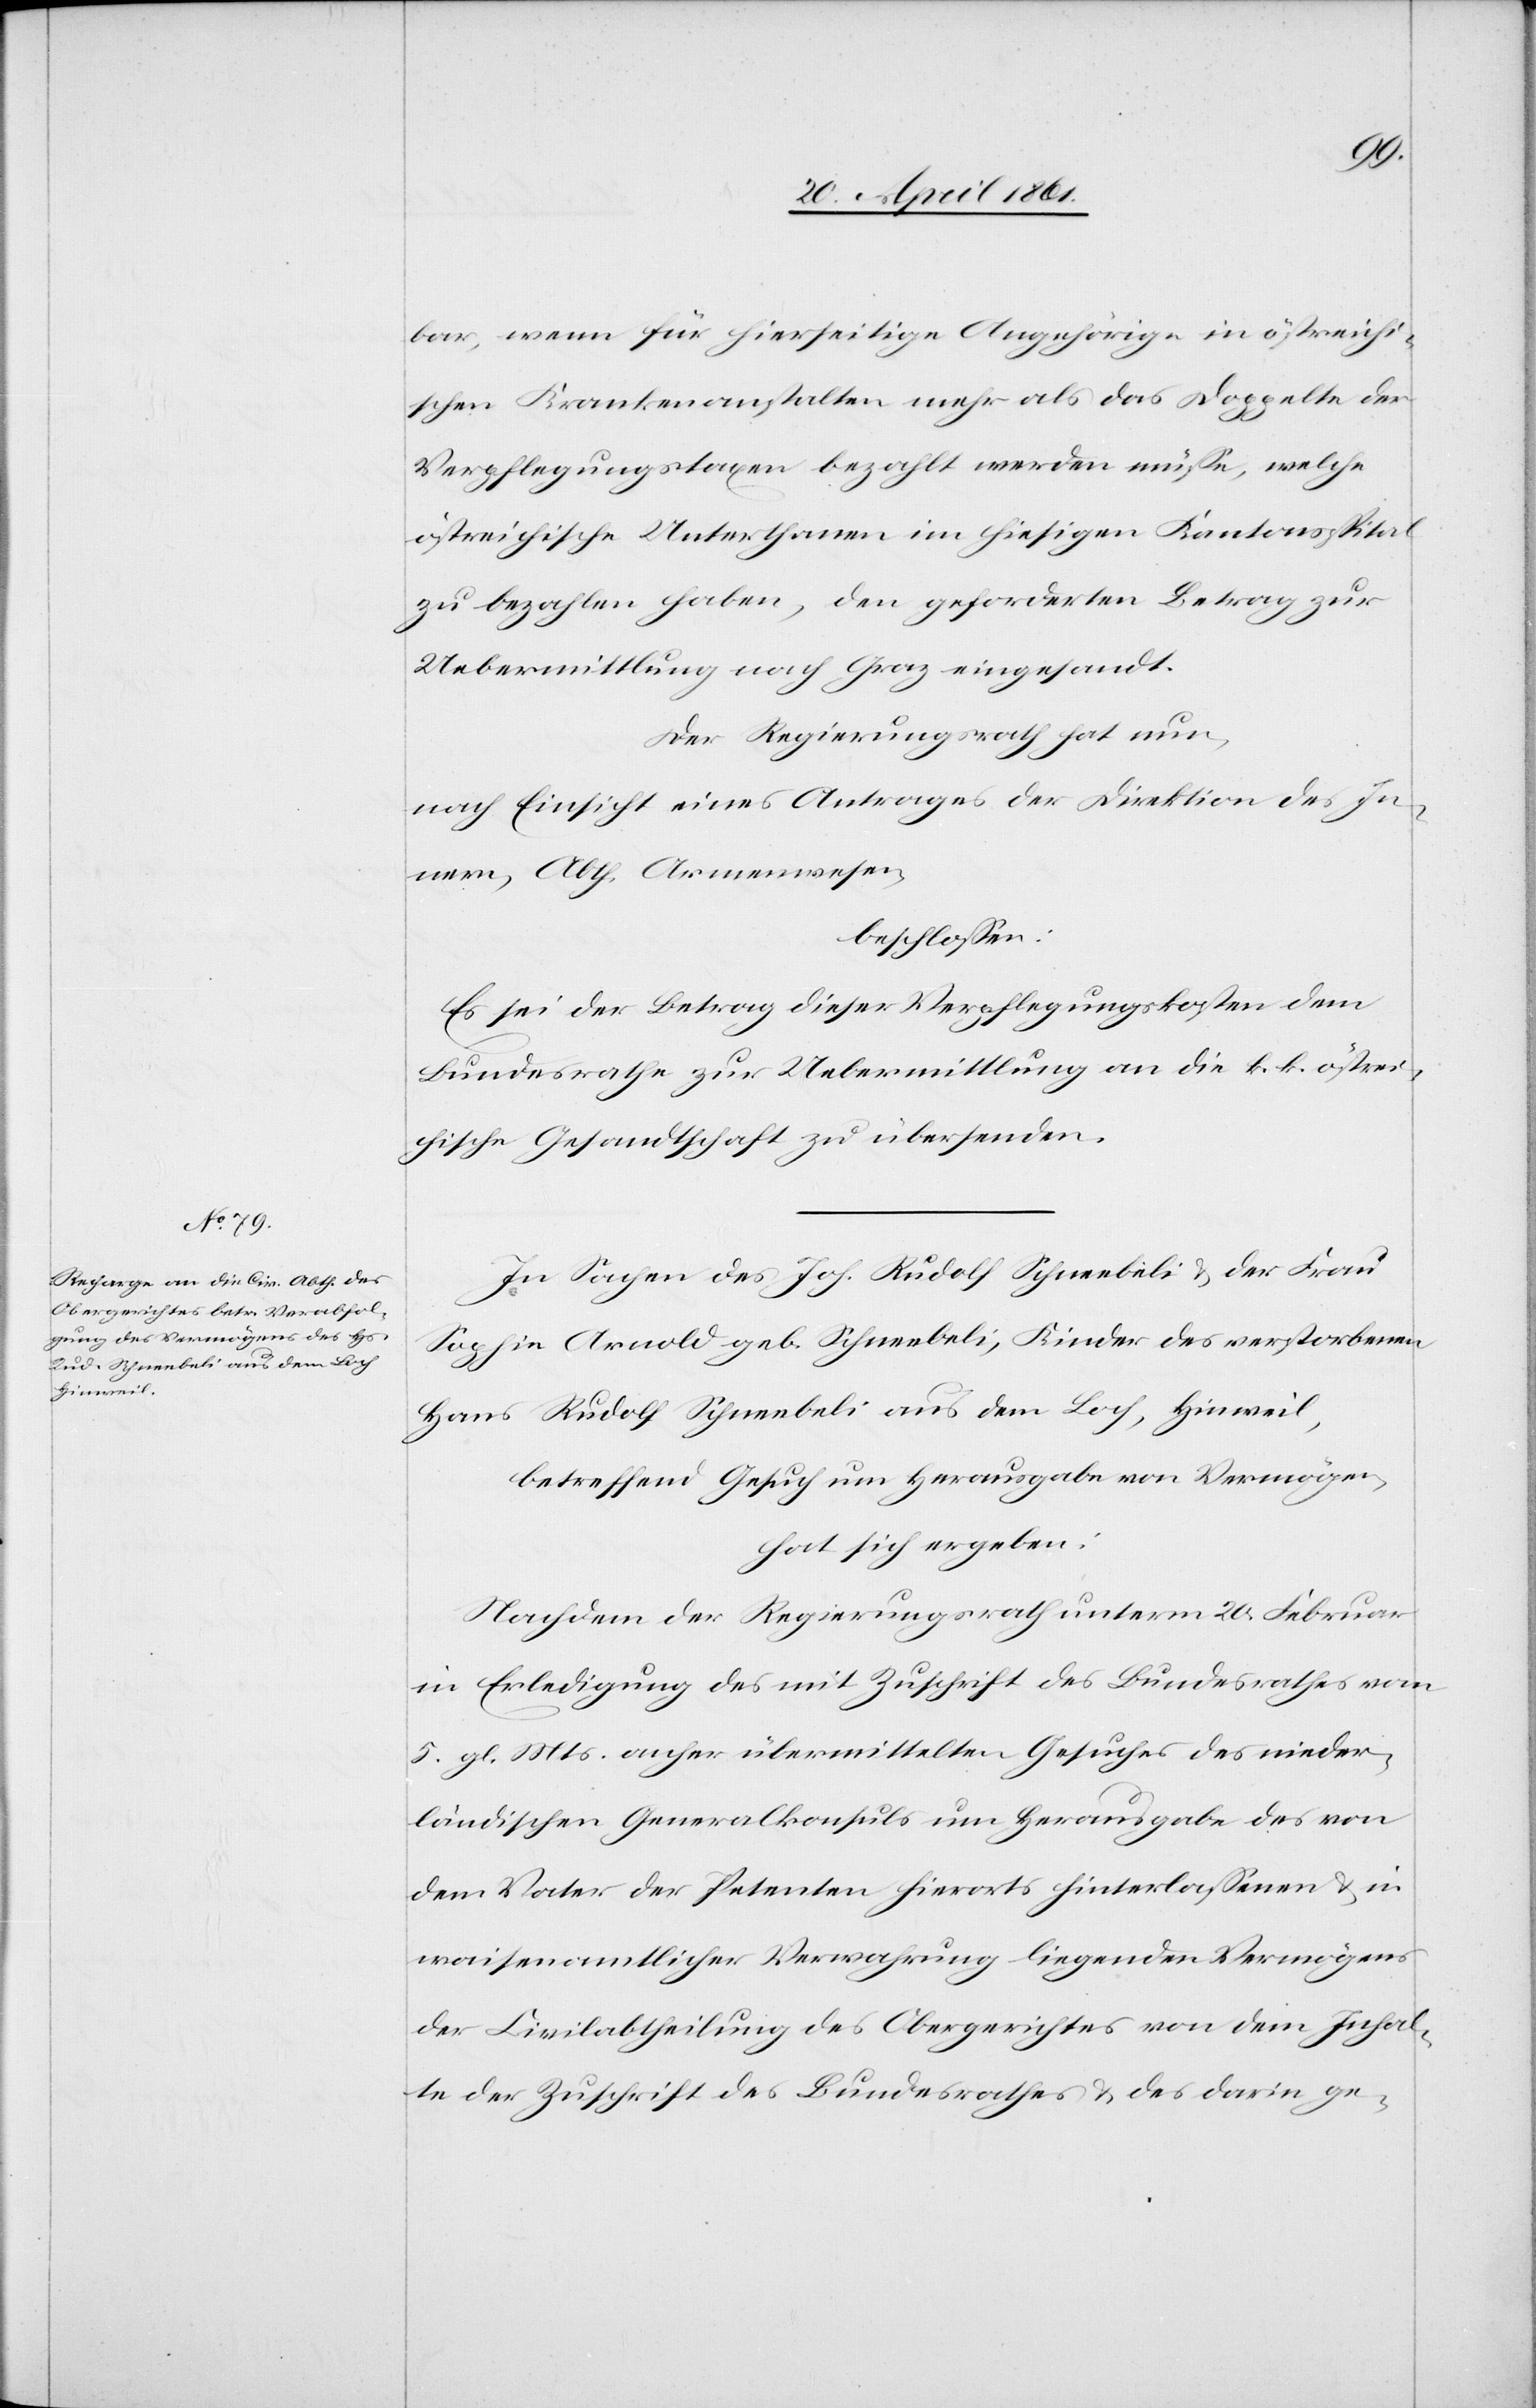
bar, wenn für hierseitige Angehörige in östreichi¬
schen Krankenanstalten mehr als das Doppelte der
Verpflegungstaxen bezahlt werden müsse, welche
östreichische Unterthanen im hiesigen Kantonsspital
zu bezahlen haben, den geforderten Betrag zur
Uebermittlung nach Graz eingesandt.
Der Regierungsrath hat nun,
nach Einsicht eines Antrages der Direktion des In¬
nern, Abth. Armenwesen,
beschlossen:
Es sei der Betrag dieser Verpflegungskosten dem
Bundesrathe zur Uebermittlung an die k. k. östrei¬
chische Gesandtschaft zu übersenden.
In Sachen des Joh. Rudolf Schneebeli u. der Frau
Sophie Arnold geb. Schneebeli, Kinder des verstorbenen
Hans Rudolf Schneebeli aus dem Loch, Hinweil,
betreffend Gesuch um Herausgabe von Vermögen,
hat sich ergeben:
Nachdem der Regierungsrath unterm 20. Februar
in Erledigung des mit Zuschrift des Bundesrathes vom
5. gl. Mts. anher übermittelten Gesuches des nieder¬
ländischen Generalkonsuls um Herausgabe des von
dem Vater der Petenten hierorts hinterlassenen u. in
waisenamtlicher Verwahrung liegenden Vermögens
der Civilabtheilung des Obergerichtes von dem Inhal¬
te der Zuschrift des Bundesrathes u. des darin ge-